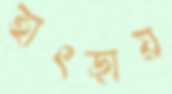
হাৎড়ায়